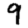
Digit: 9